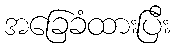
အခြေခံထားပြီး